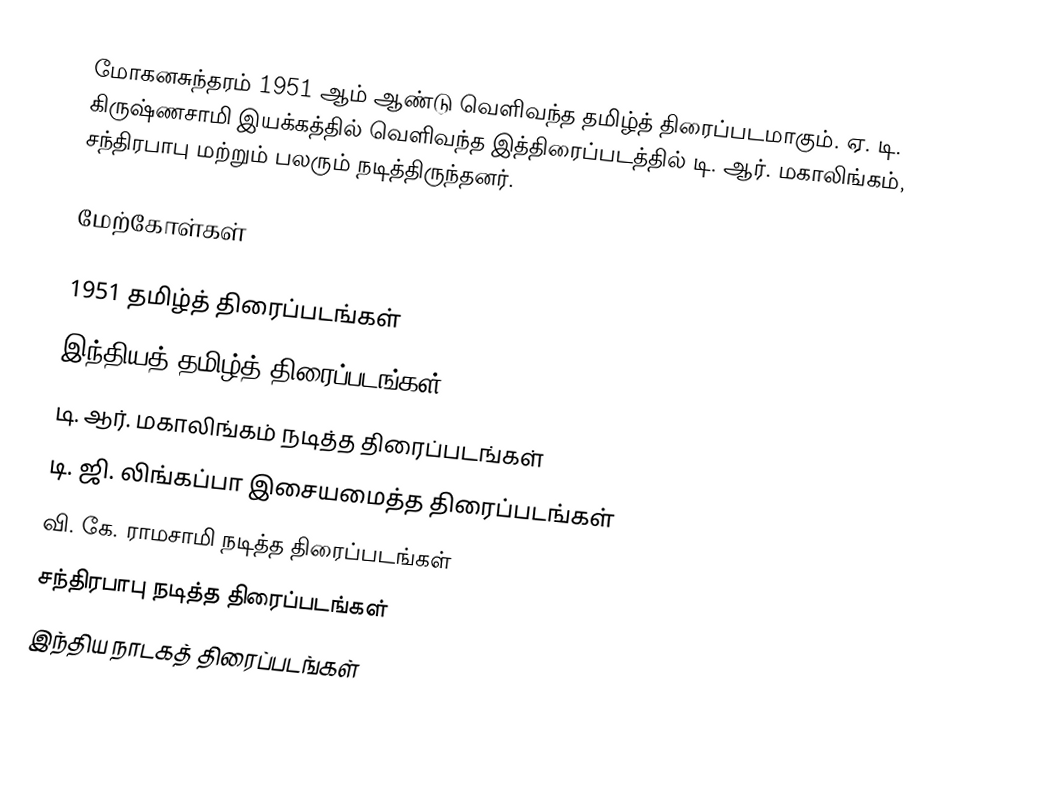
மோகனசுந்தரம் 1951 ஆம் ஆண்டு வெளிவந்த தமிழ்த் திரைப்படமாகும். ஏ. டி. கிருஷ்ணசாமி இயக்கத்தில் வெளிவந்த இத்திரைப்படத்தில் டி. ஆர். மகாலிங்கம், சந்திரபாபு மற்றும் பலரும் நடித்திருந்தனர்.

மேற்கோள்கள்

1951 தமிழ்த் திரைப்படங்கள்
இந்தியத் தமிழ்த் திரைப்படங்கள்
டி. ஆர். மகாலிங்கம் நடித்த திரைப்படங்கள்
டி. ஜி. லிங்கப்பா இசையமைத்த திரைப்படங்கள்
வி. கே. ராமசாமி நடித்த திரைப்படங்கள்
சந்திரபாபு நடித்த திரைப்படங்கள்
இந்திய நாடகத் திரைப்படங்கள்